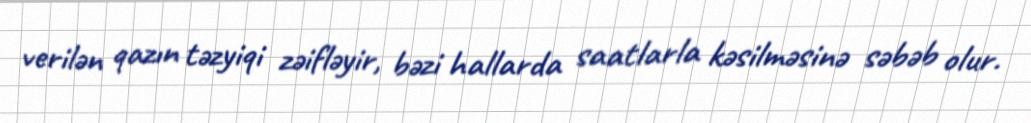
verilən qazın təzyiqi zəifləyir, bəzi hallarda saatlarla kəsilməsinə səbəb olur.